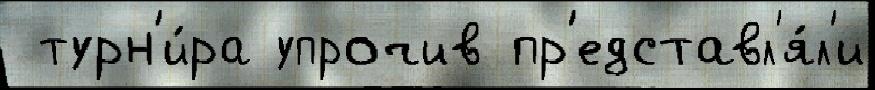
 турн'и́ра упрочив пр'едставл'я́л'и